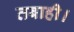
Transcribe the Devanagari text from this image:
तबाही।